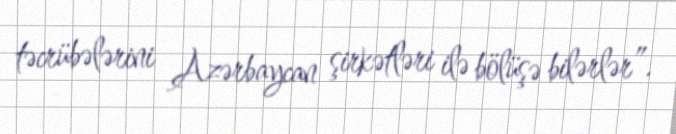
təcrübələrini Azərbaycan şirkətləri ilə bölüşə bilərlər”.